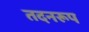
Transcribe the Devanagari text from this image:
तदनरूप